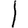
Digit: 1